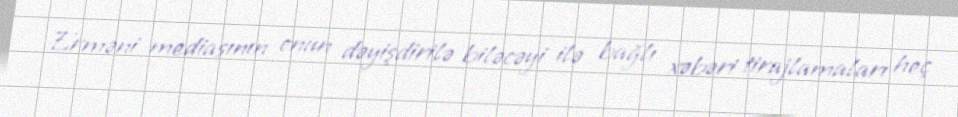
Erməni mediasının onun dəyişdirilə biləcəyi ilə bağlı xəbəri tirajlamaları heç